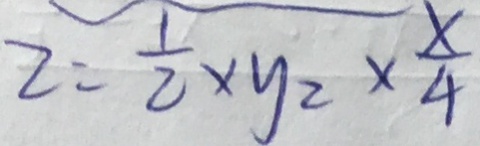
2 = \frac { 1 } { 2 } \times y _ { 2 } \times \frac { x } { 4 }